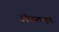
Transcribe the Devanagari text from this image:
स्पीडलाइन